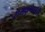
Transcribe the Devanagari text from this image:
रामकृष्णहरी